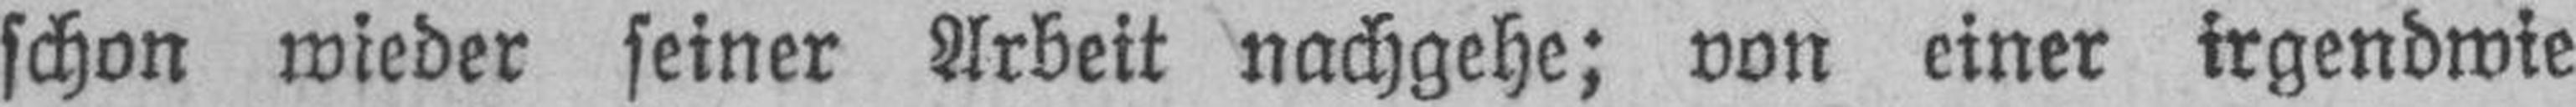
schon wieder seiner Arbeit nachgehe; von einer irgendwie